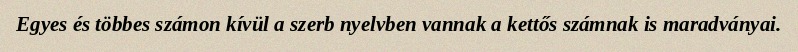
Egyes és többes számon kívül a szerb nyelvben vannak a kettős számnak is maradványai.